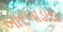
બારબાડોસ